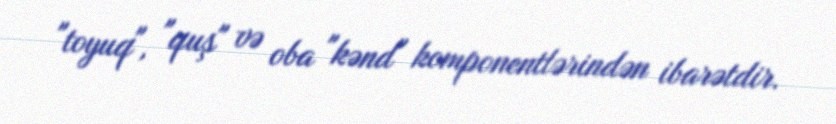
"toyuq", "quş" və oba "kənd" komponentlərindən ibarətdir.